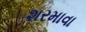
શરમાવા